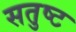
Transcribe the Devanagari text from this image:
सतुष्ट